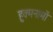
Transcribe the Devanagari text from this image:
हुक्मनामों